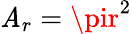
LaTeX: \mathit{A}_{r}=\pir^{2}